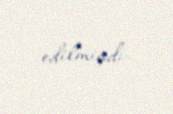
edilmişdi.